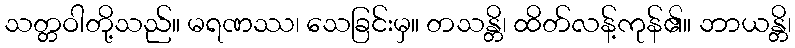
သတ္တဝါတို့သည်။ မရဏဿ၊ သေခြင်းမှ။ တသန္တိ၊ ထိတ်လန့်ကုန်၏။ ဘာယန္တိ၊